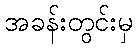
အခန်းတွင်းမှ